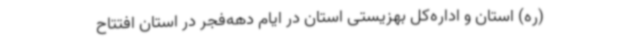
(ره) استان و اداره‌کل بهزیستی استان در ایام دهه‌فجر در استان افتتاح